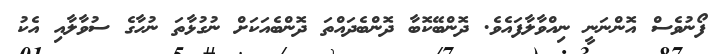
ފޯނުވެސް އޮންނަނީ ނިއްވާލާފައެވެ. ދޮންބޭކޮބާ ދޮންބެދައްތަ ދޮންބެއަކަށް ނުގުޅާތަ ނުހާގެ ސުވާލާއި އެކު